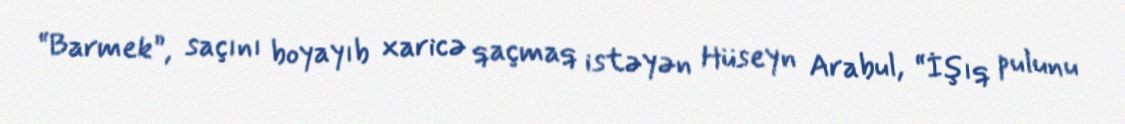
“Barmek”, saçını boyayıb xaricə qaçmaq istəyən Hüseyn Arabul, “İşıq pulunu